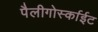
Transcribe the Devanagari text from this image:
पैलीगोर्स्काईट